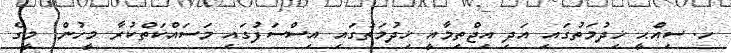
ހ. ސިއްޙީ ޚިދުމަތުގައި އަދި އިޖްތިމާއީ ޚިދުމަތުގައި އިސްސަފުގައި މަސައްކަތްކުރާ މީހުން: މީގެ